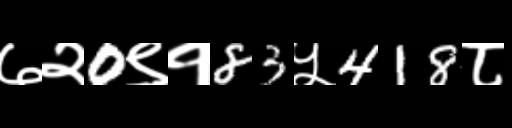
Text: ७२0९१83५418८